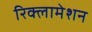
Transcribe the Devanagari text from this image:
रिक्लामेशन